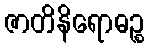
ဇာတိနိရောဓဉ္စ